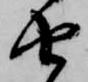
由